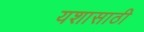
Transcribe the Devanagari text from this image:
यशासाठी